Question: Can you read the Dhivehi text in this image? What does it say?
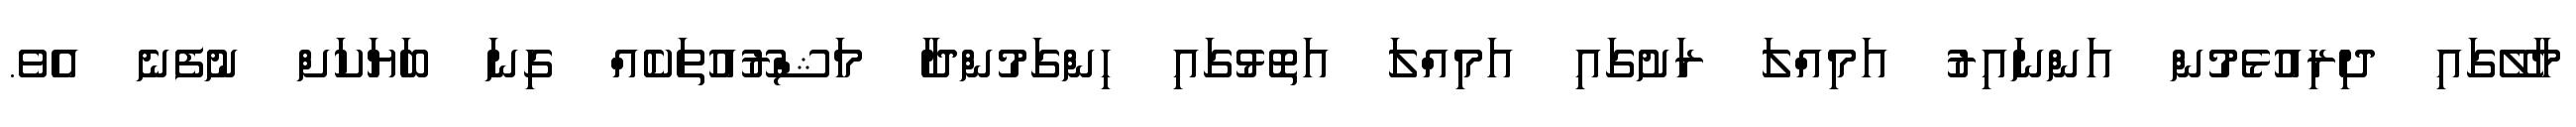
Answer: މާލޭގައި ދިރިއުޅެމުން އަންނައިރު އަމިއްލަ ރަށުގައި އަމިއްލަ އަތޮޅުގައި ހިންގަމުންދާ މަޝްރޫއުތަކެއް ގިނަ ބަޔަކަށް ނުފެނެ އެވެ.